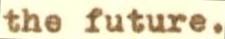
the future.